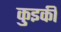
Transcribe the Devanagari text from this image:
कुइकी